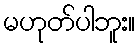
မဟုတ်ပါဘူး။